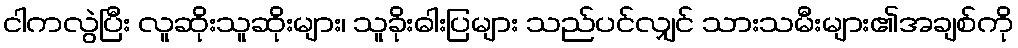
ငါကလွဲပြီး လူဆိုးသူဆိုးများ၊ သူခိုးဓါးပြများ သည်ပင်လျှင် သားသမီးများ၏အချစ်ကို